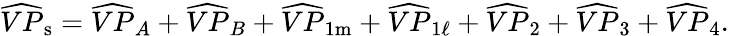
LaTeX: \widehat{VP}_{\mathrm{s}}=\widehat{VP}_{A}+\widehat{VP}_{B}+\widehat{VP}_{1\mathrm{m}}+\widehat{VP}_{1\ell}+\widehat{VP}_{2}+\widehat{VP}_{3}+\widehat{VP}_{4}.